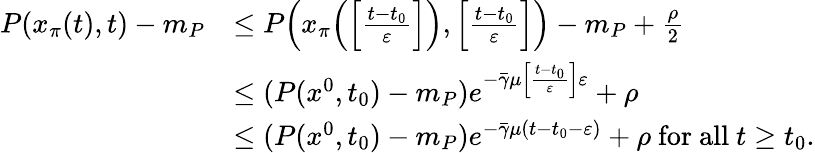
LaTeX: \begin{array}{rl}{P(x_{\pi}(t),t)-m_{P}}&{\le P\Big(x_{\pi}\Big(\Big[\frac{t-t_{0}}{\varepsilon}\Big]\Big),\Big[\frac{t-t_{0}}{\varepsilon}\Big]\Big)-m_{P}+\frac{\rho}{2}}\\ &{\le(P(x^{0},t_{0})-m_{P})e^{-\bar{\gamma}\mu\Big[\frac{t-t_{0}}{\varepsilon}\Big]\varepsilon}+\rho}\\ &{\le(P(x^{0},t_{0})-m_{P})e^{-\bar{\gamma}\mu(t-t_{0}-\varepsilon)}+\rho\mathrm{~for~all~}t\ge t_{0}.}\end{array}